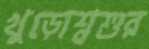
খুড়োশ্বশুর